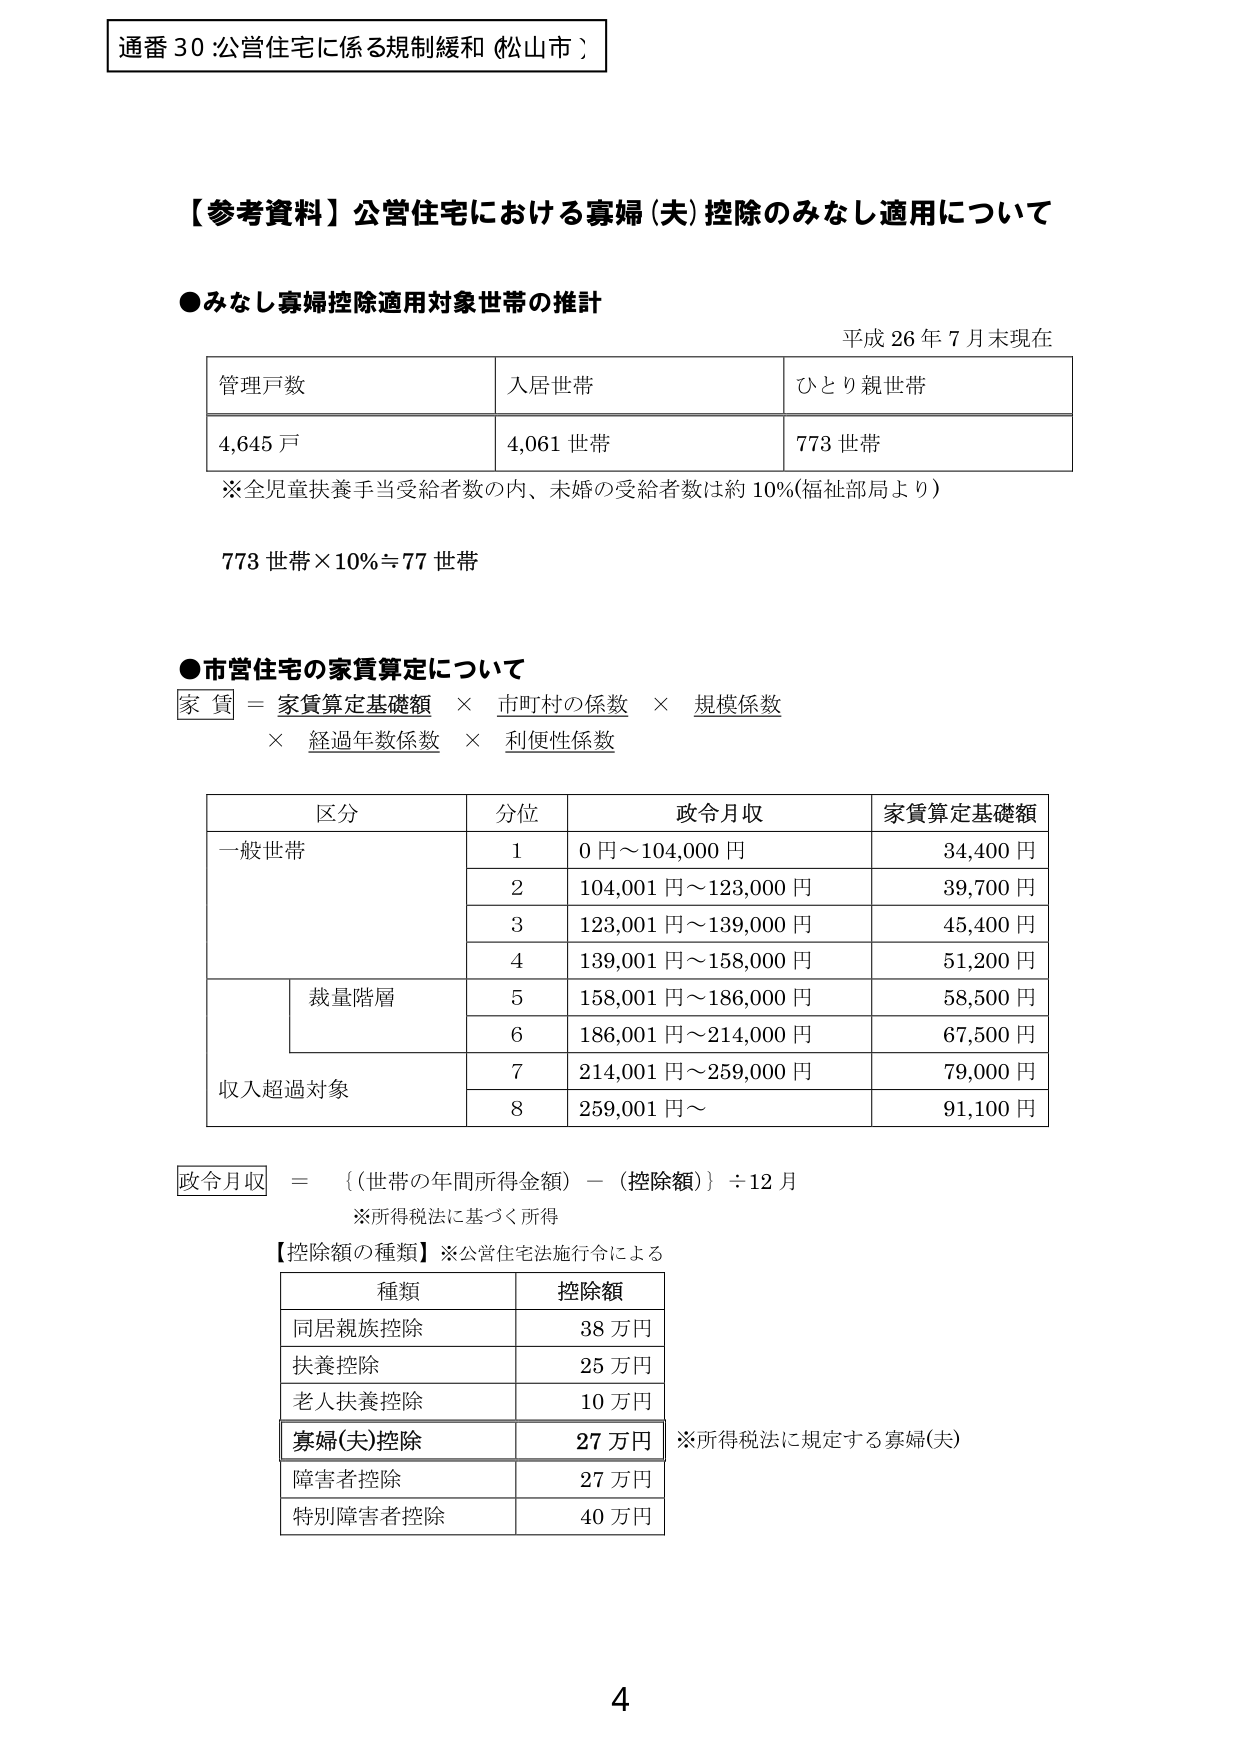
通番 30 :公営住宅に係る規制緩和 (松山市 )

【参考資料】公営住宅における寡婦(夫)控除のみなし適用について

●みなし寡婦控除適用対象世帯の推計
平成 26 年 7 月末現在

管理戸数　　入居世帯　　ひとり親世帯
4,645 戸　　4,061 世帯　　773 世帯

※全児童扶養手当受給者数の内、未婚の受給者数は約 10%(福祉部局より)

773 世帯×10%≒77 世帯

●市営住宅の家賃算定について
家賃 = 家賃算定基礎額 × 市町村の係数 × 規模係数
　　　× 経過年数係数 × 利便性係数

区 分　　分位　　政令月収　　家賃算定基礎額
一般世帯　　1　　0 円～104,000 円　　34,400 円
　　　　　　2　　104,001 円～123,000 円　　39,700 円
　　　　　　3　　123,001 円～139,000 円　　45,400 円
　　　　　　4　　139,001 円～158,000 円　　51,200 円
　　　裁量階層　　5　　158,001 円～186,000 円　　58,500 円
　　　　　　　　6　　186,001 円～214,000 円　　67,500 円
収入超過対象　　7　　214,001 円～259,000 円　　79,000 円
　　　　　　　　8　　259,001 円～　　91,100 円

政令月収 = ｛(世帯の年間所得金額) - (控除額)｝÷ 12 月
※所得税法に基づく所得

【控除額の種類】※公営住宅法施行令による

種類　　　　控除額
同居親族控除　　38 万円
扶養控除　　25 万円
老人扶養控除　　10 万円
寡婦(夫)控除　　27 万円　※所得税法に規定する寡婦(夫)
障害者控除　　27 万円
特別障害者控除　　40 万円

4